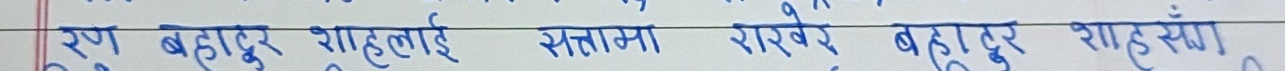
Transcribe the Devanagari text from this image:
रण बहादुर शाहलाई सत्तामा राखेर बहादुर शाह स्वंय ।